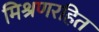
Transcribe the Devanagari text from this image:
मिश्रणरहित